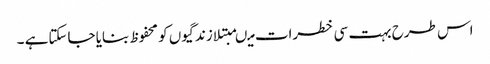
اس طرح بہت سی خطرات میںمبتلا زندگیوں کو محفوظ بنایا جاسکتاہے ۔